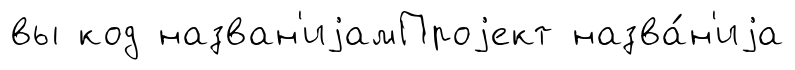
вы код назван'иjамПроjект назва́н'иjа